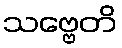
သဗ္ဗေတိ